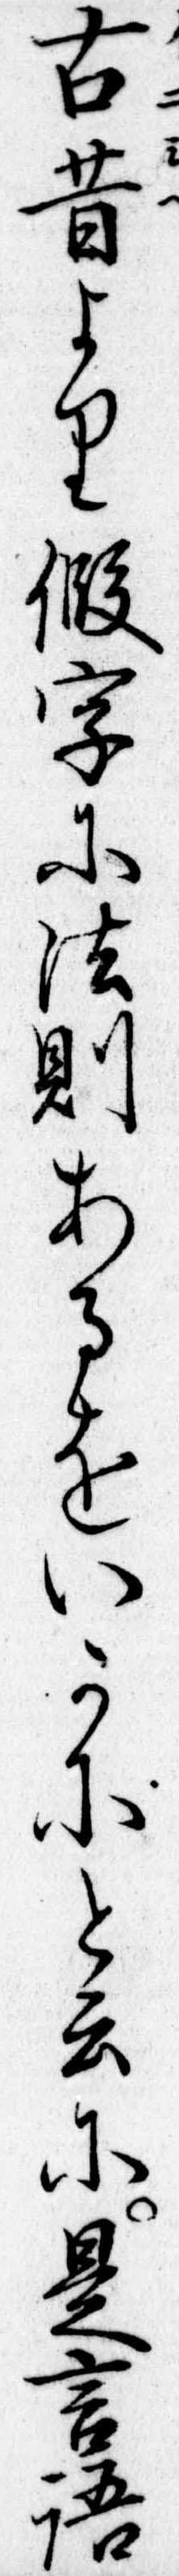
古昔より仮字に法則あるをいかにと云に是言語